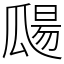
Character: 㼒